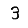
Digit: 3